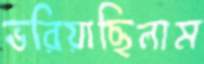
ভরিয়াছিলাম